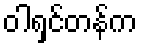
ဝါရှင်တန်က